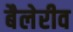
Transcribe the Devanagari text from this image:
बैलेरीव